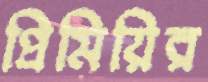
প্রিমিয়ির